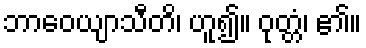
ဘာဝေယျာသီတိ၊ ဟူ၍။ ဝုတ္တံ၊ ၏။